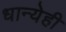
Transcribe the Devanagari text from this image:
धान्येही